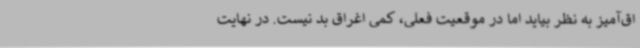
اق‌آمیز به نظر بیاید اما در موقعیت فعلی، کمی اغراق بد نیست. در نهایت